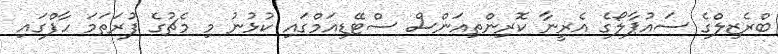
ބްރެޒިލްގެ ސައުޕާލޯގެ އެރީނާ ކޮރިންތިއަންސް ސްޓޭޑިއަމްގައި ކުޅުނު މި މެޗުގެ ފުރަތަމަ ހާފްގައި